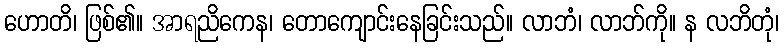
ဟောတိ၊ ဖြစ်၏။ အာရညိကေန၊ တောကျောင်းနေခြင်းသည်။ လာဘံ၊ လာဘ်ကို။ န လဘိတုံ၊